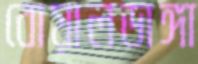
বোয়ালডাঙ্গা